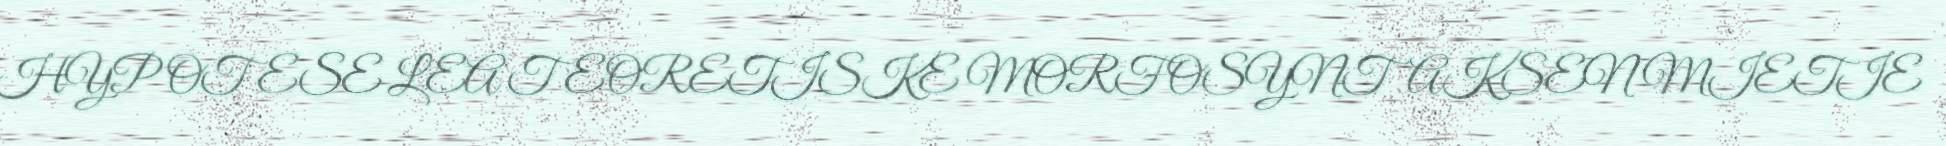
HYPOTESE LEA TEORETISKE MORFOSYNTAKSEN MIETIE